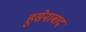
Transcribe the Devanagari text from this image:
हुसेनाबाद